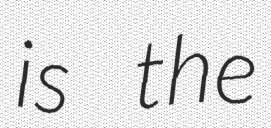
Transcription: is the